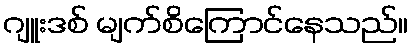
ဂျူးဒစ် မျက်စိကြောင်နေသည်။